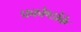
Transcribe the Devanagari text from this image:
प्रकोष्ठोंके